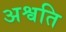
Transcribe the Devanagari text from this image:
अश्वति